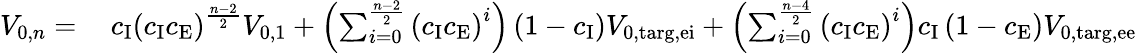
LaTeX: \begin{array}{rl}{V_{\mathrm{0},n}=\: }&{{}c_{\mathrm{I}}\left(c_{\mathrm{I}}c_{\mathrm{E}}\right)^{\frac{n-2}{2}}V_{\mathrm{0,1}}+\left(\sum_{i=0}^{\frac{n-2}{2}}\left(c_{\mathrm{I}}c_{\mathrm{E}}\right)^{i}\right)\left(1-c_{\mathrm{I}}\right)V_{\mathrm{0,targ,ei}}+\left(\sum_{i=0}^{\frac{n-4}{2}}\left(c_{\mathrm{I}}c_{\mathrm{E}}\right)^{i}\right)c_{\mathrm{I}}\left(1-c_{\mathrm{E}}\right)V_{\mathrm{0,targ,ee}}}\end{array}